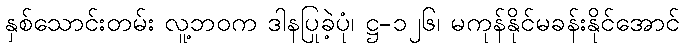
နှစ်သောင်းတမ်း လူ့ဘဝက ဒါနပြုခဲ့ပုံ၊ ဋ္ဌ-၁၂၆၊ မကုန်နိုင်မခန်းနိုင်အောင်